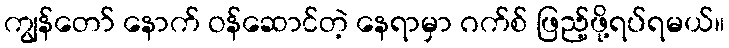
ကျွန်တော် နောက် ဝန်ဆောင်တဲ့ နေရာမှာ ဂက်စ် ဖြည့်ဖို့ရပ်ရမယ်။